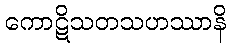
ကောဋိသတသဟဿာနိ